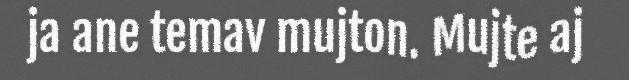
ja ane temav mujton. Mujte aj